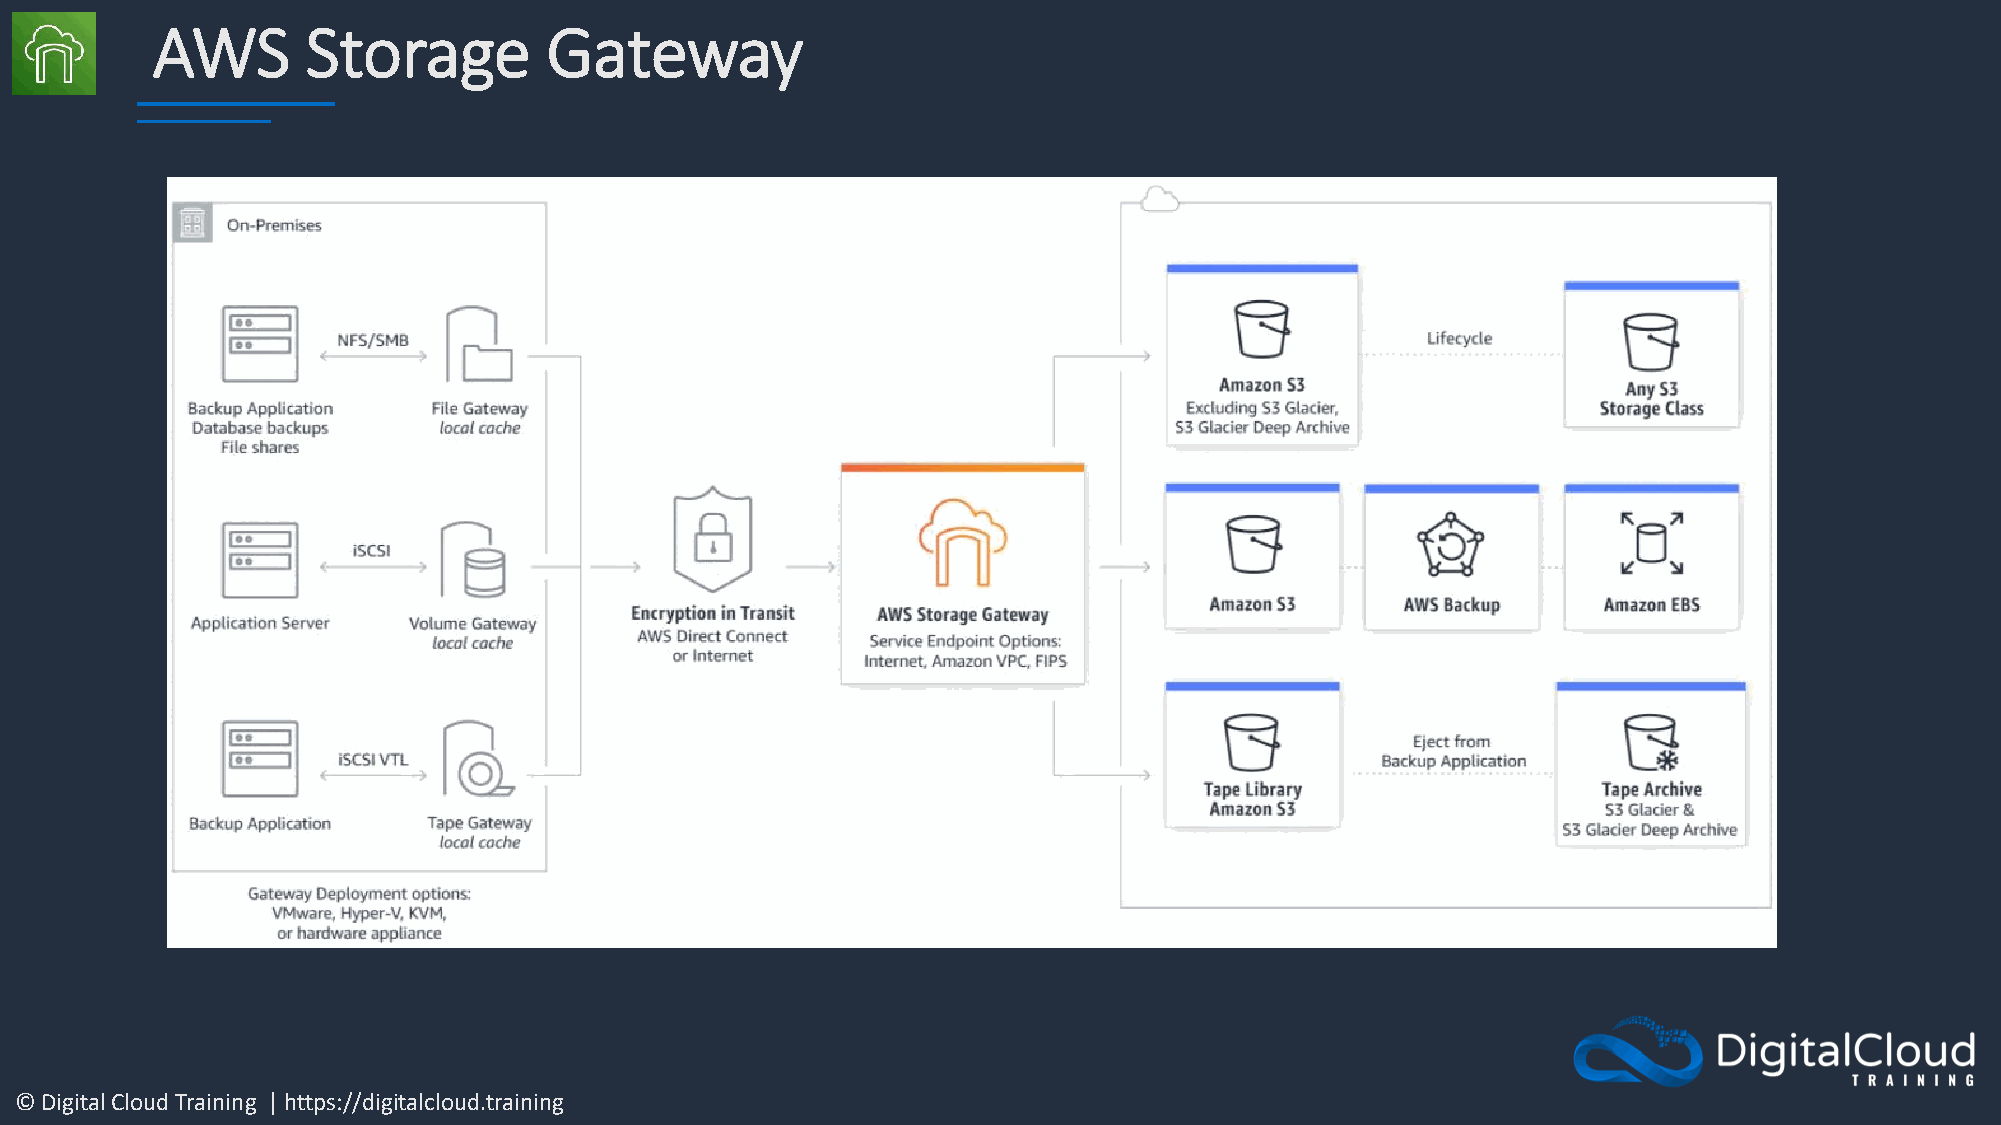
AWS       Storage         Gateway
 © Digital Cloud Training | https://digitalcloud.training